Civil Veterinary Dept. Assam report 1911-1927 - 1911-1927
Year: 1911
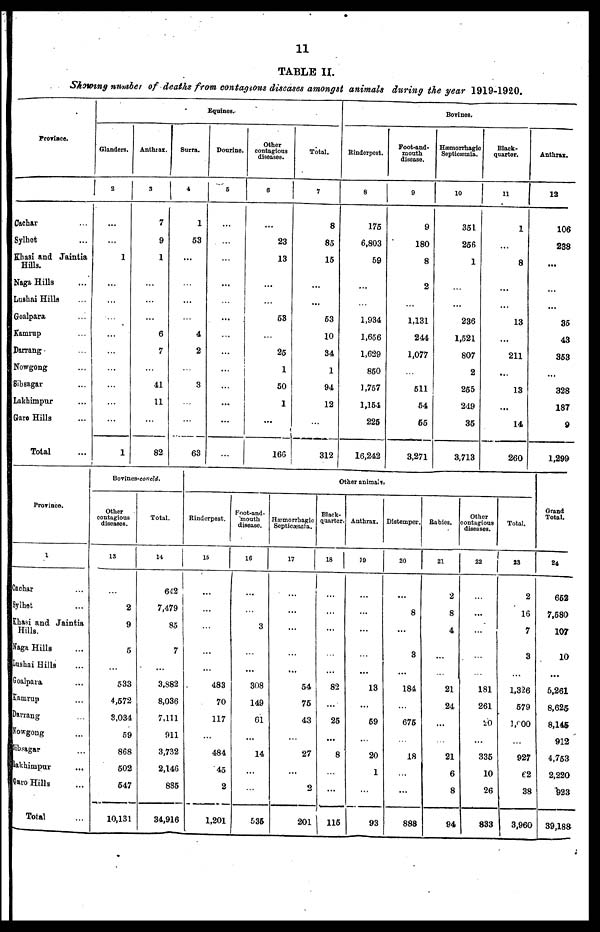
11
TABLE II.
Showing number of deaths from contagious diseases amongst animals during the year 1919-1920.
Province.
Cachar
Sylhet
Khasi and Jaintia
Hills.
Naga Hills
Lushni Hills
Goalpara
Kamrup
Darrang
Nowgong
Sibsagar
Lakhimpur
Gare Hills
Total
Eqnines.-
Glanders.
2
...
...
1
...
1
Anthrax,
3
7
9
1
6
7
41
11
...
82
Surra.
4
1
53
...
...
4
2
3
...
63
Dourine.
5
...
Other
contagious
diseases.
6
...
23
13
...
53
25
1
50
1
166
Total.
7
8
85
15
...
...
53
10
34
1
94
12
312
Bovines.
Rinderpest.
8
175
6,803
59
...
1,934
1,656
1,629
850
1,757
1,154
225
16,242
Foot-and-
mouth
disease.
9
9
180
8
2
...
1,131
244
1,077
511
54
65
3,271
Hæmorrhagic
Septicæmia.
10
351
256
1
...
236
1,521
807
2
255
249
35
3,713
Black-
quarter.
11
1
...
8
...
...
13
...
211
...
13
...
14
260
Anthrax.
12
106
238
...
...
35
43
353
...
328
187
9
1,299
Province.
1
Cachar
Sylhet
Khasi and Jaintia
Hills.
Naga Hills
Lushai Hills
Goalpara
Kamrup
Darrang
Nowgong
Sibsagar
Lakhimpur
...
Garo Hills
Total
Bovines-concld.
Other
contagious
diseases.
13
2
9
5
533
4,572
8,034
59
868
502
547
10,131
Total.
14
642
7,479
85
7
...
3,882
8,036
7,111
911
3,732
2,146
885
34,916
Other animals.
Rinderpest.
15
...
...
483
70
117
...
484
45
2
1,201
Foot-and-
mouth
disease.
16
...
3
...
308
149
61
...
14
...
535
Hæmorrhagic
Septicæmia.
17
...
...
...
54
75
43
27
...
2
201
Black-
quarter.
18
...
...
...
82
...
25
...
8
...
1 115
Anthrax.
10
...
...
...
13
...
69
...
20
1
...
93
Distemper.
20
8
...
3
...
184
675
18
...
...
888
Rabies.
21
2
8
4
...
21
24
...
21
6
8
94
Other
contagious
diseases.
22
...
181
261
20
...
335
10
26
833
Total.
23
2
16
7
3
...
1,326
579
1,900
927
62
38
3,960
Grand
Total.
24
652
7,580
107
10
...
5,261
8,625
8,145
912
4,753
2,220
923
39,188